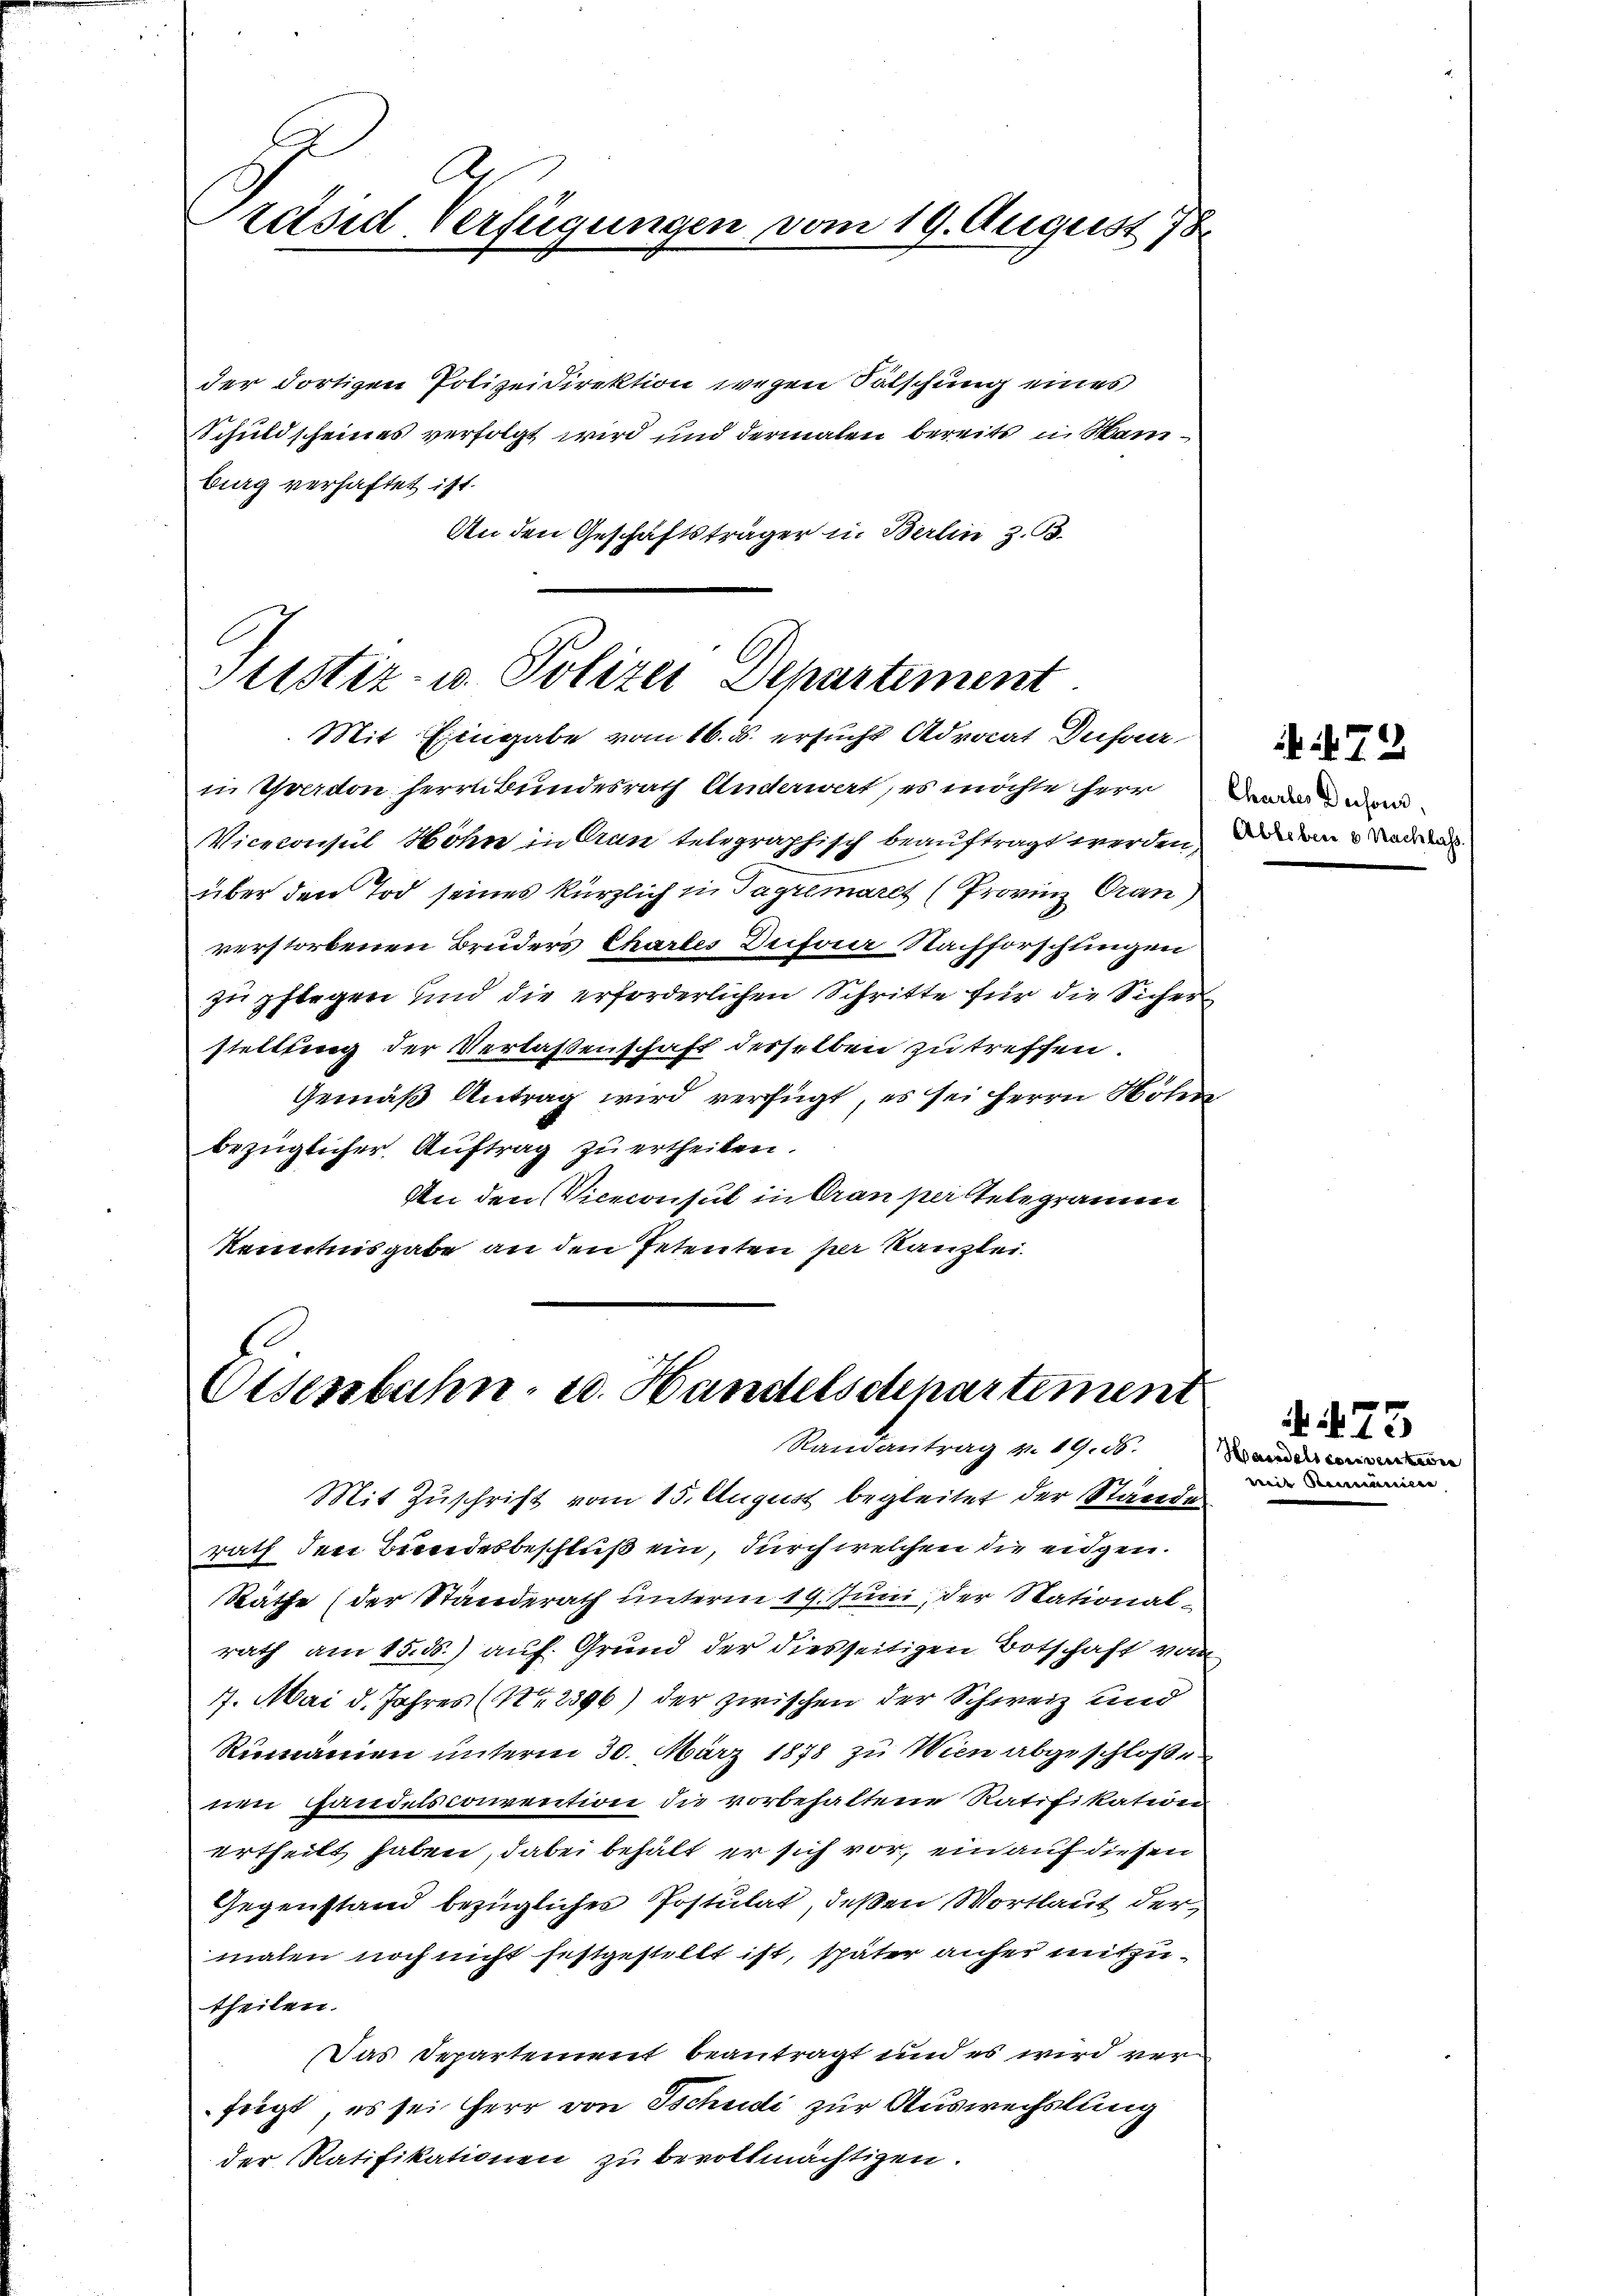
Präsid Verfügungen vom 19. August 18

der dortigen Polizeidirektion wegen Sälschung eines
Schuldscheines verfolgt wird und dermalen bereits in Kamburg verhaftet ist.
An den Geschäftsträger in Berlin z. B.

Justiz- u. Polizei Departiment
Mit Eingabe vom 16. d. ersucht Adriat Dufour

in Gardon herrnbundesrath Anderwart, es möchte Herr
Viceconsul Höhn in Anne telegraphisch beauftragt werden, da den Radres
über den Tod seines kürzlich in Tagrémaret (Provinz Cran)
verstorbenen Bruders Chartes Deifoer Nachforschlingen
zu pflegen und die erforderlichen Schritte für die Sicher
stellung der Verlassenschaft desselben zu treffen.
Gemäß Antrag wird verfügt, es sei Herrn Höhe
bezüglicher Auftrag zu ertheilen.
An den Viceconsul in Oran per Telegramm
Kenntnisgabe an den Petenten per Kanzlei.

Osenbahn- u. Handelschpartement
Randantrag v. 19. 16.

Mit Zuschrift vom 15. August begleitet der Stände
rath den Bundesbeschluß ein, durch welchen die eidgen.
Räthe (der Standerath unterm 19. Juni, der National-
rath am 15. ds.) auf Grund der diesseitigen Botschaft vom
7. Mai d. Jahres (Nr 2896) der zwischen der Schweiz und
Rumänien unterm 30. März 1878 zu Wien abgeschloßen
nen Handelsconvention die vorbehaltene Ratifikation
ertheilt haben, dabei behält er sich vor, ein auf diesen
Gegenstand bezügliches Postulat, deßen Wortlaut der
malen noch nicht festgestellt ist, später anher mitzutheilen.
Das Departement beantragt und es wird verfügt, es sei Herr von Tschudi zur Auswechslung
der Ratifikationen zu bevollmächtigen.

72
Chartes Du sous,

¬
Handelse
mit Re

s